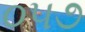
૦૫૭